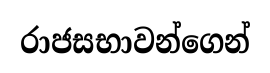
රාජසභාවන්ගෙන්